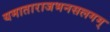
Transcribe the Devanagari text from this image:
यमाताराजभनसलगम्